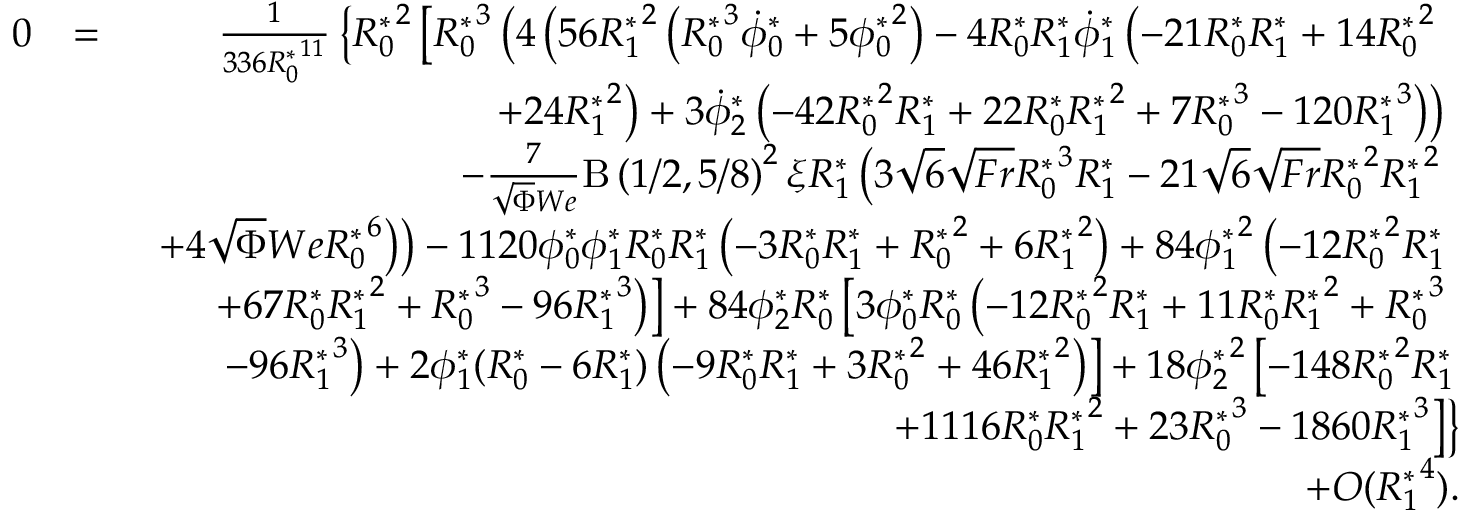
\begin{array} { r l r } { 0 } & { = } & { \frac { 1 } { 3 3 6 { R _ { 0 } ^ { * } } ^ { 1 1 } } \left\{ { R _ { 0 } ^ { * } } ^ { 2 } \left[ { R _ { 0 } ^ { * } } ^ { 3 } \left( 4 \left( 5 6 { R _ { 1 } ^ { * } } ^ { 2 } \left( { R _ { 0 } ^ { * } } ^ { 3 } \dot { \phi } _ { 0 } ^ { * } + 5 { \phi _ { 0 } ^ { * } } ^ { 2 } \right) - 4 { R _ { 0 } ^ { * } } { R _ { 1 } ^ { * } } \dot { \phi } _ { 1 } ^ { * } \left( - 2 1 { R _ { 0 } ^ { * } } { R _ { 1 } ^ { * } } + 1 4 { R _ { 0 } ^ { * } } ^ { 2 } \right. \right. \right. \right. \right. } \\ & { } & { \left. \left. \left. \left. \left. + 2 4 { R _ { 1 } ^ { * } } ^ { 2 } \right) + 3 \dot { \phi } _ { 2 } ^ { * } \left( - 4 2 { R _ { 0 } ^ { * } } ^ { 2 } { R _ { 1 } ^ { * } } + 2 2 { R _ { 0 } ^ { * } } { R _ { 1 } ^ { * } } ^ { 2 } + 7 { R _ { 0 } ^ { * } } ^ { 3 } - 1 2 0 { R _ { 1 } ^ { * } } ^ { 3 } \right) \right) \right. \right. \right. } \\ & { } & { \left. \left. \left. - \frac { 7 } { \sqrt { \Phi } W e } \mathrm { B } \left( 1 / 2 , 5 / 8 \right) ^ { 2 } \xi { R _ { 1 } ^ { * } } \left( 3 \sqrt { 6 } \sqrt { F r } { R _ { 0 } ^ { * } } ^ { 3 } { R _ { 1 } ^ { * } } - 2 1 \sqrt { 6 } \sqrt { F r } { R _ { 0 } ^ { * } } ^ { 2 } { R _ { 1 } ^ { * } } ^ { 2 } \right. \right. \right. \right. } \\ & { } & { \left. \left. \left. \left. + 4 \sqrt { \Phi } W e { R _ { 0 } ^ { * } } ^ { 6 } \right) \right) - 1 1 2 0 { \phi _ { 0 } ^ { * } } { \phi _ { 1 } ^ { * } } { R _ { 0 } ^ { * } } { R _ { 1 } ^ { * } } \left( - 3 { R _ { 0 } ^ { * } } { R _ { 1 } ^ { * } } + { R _ { 0 } ^ { * } } ^ { 2 } + 6 { R _ { 1 } ^ { * } } ^ { 2 } \right) + 8 4 { \phi _ { 1 } ^ { * } } ^ { 2 } \left( - 1 2 { R _ { 0 } ^ { * } } ^ { 2 } { R _ { 1 } ^ { * } } \right. \right. \right. } \\ & { } & { \left. \left. \left. + 6 7 { R _ { 0 } ^ { * } } { R _ { 1 } ^ { * } } ^ { 2 } + { R _ { 0 } ^ { * } } ^ { 3 } - 9 6 { R _ { 1 } ^ { * } } ^ { 3 } \right) \right] + 8 4 { \phi _ { 2 } ^ { * } } { R _ { 0 } ^ { * } } \left[ 3 { \phi _ { 0 } ^ { * } } { R _ { 0 } ^ { * } } \left( - 1 2 { R _ { 0 } ^ { * } } ^ { 2 } { R _ { 1 } ^ { * } } + 1 1 { R _ { 0 } ^ { * } } { R _ { 1 } ^ { * } } ^ { 2 } + { R _ { 0 } ^ { * } } ^ { 3 } \right. \right. \right. } \\ & { } & { \left. \left. - 9 6 { R _ { 1 } ^ { * } } ^ { 3 } \right) + 2 { \phi _ { 1 } ^ { * } } ( { R _ { 0 } ^ { * } } - 6 { R _ { 1 } ^ { * } } ) \left( - 9 { R _ { 0 } ^ { * } } { R _ { 1 } ^ { * } } + 3 { R _ { 0 } ^ { * } } ^ { 2 } + 4 6 { R _ { 1 } ^ { * } } ^ { 2 } \right) \right] + 1 8 { \phi _ { 2 } ^ { * } } ^ { 2 } \left[ - 1 4 8 { R _ { 0 } ^ { * } } ^ { 2 } { R _ { 1 } ^ { * } } \right. } \\ & { } & { \left. \left. + 1 1 1 6 { R _ { 0 } ^ { * } } { R _ { 1 } ^ { * } } ^ { 2 } + 2 3 { R _ { 0 } ^ { * } } ^ { 3 } - 1 8 6 0 { R _ { 1 } ^ { * } } ^ { 3 } \right] \right\} } \\ & { } & { + O ( { R _ { 1 } ^ { * } } ^ { 4 } ) . } \end{array}